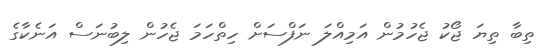
ތިބާ ތިޔަ ޖޯކު ޖެހުމުން އަމިއްލަ ނަފްސަށް ހިތްހަމަ ޖެހުން ލިބުނަސް އަނެކާގެ